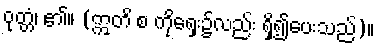
ဝုတ္တံ၊ ၏။ (ဣတိ စ ကိုရှေး၌လည်း ရှိ၍ပေးသည်)။